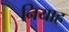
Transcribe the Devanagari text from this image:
नियाह